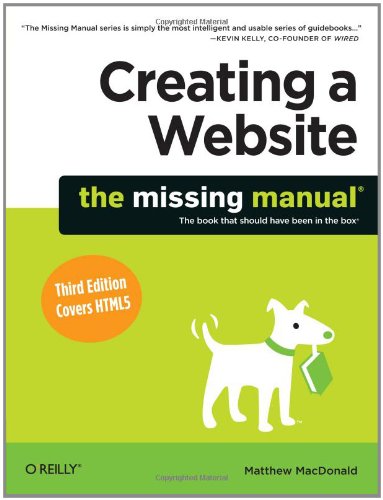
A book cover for Creating a Website: The Missing Manual (English and English Edition); Matthew MacDonald; Computers & Technology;